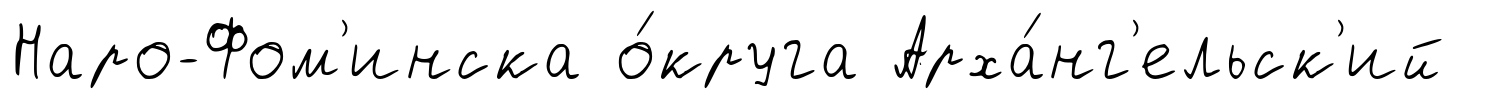
Наро-Фом'инска о́круга Арха́нг'ельск'ий